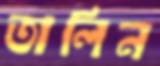
তালিন